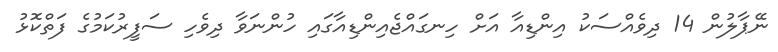
ނޭޕާލުން 14 ދިވެއްސަކު އިންޑިއާ އަށް ހިނގައްޖެއިންޑިއާގައި ހުންނަވާ ދިވެހި ސަފީރުކަމުގެ ފަތްކޮޅު